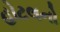
હોટલનો